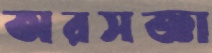
অরসজ্ঞা